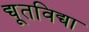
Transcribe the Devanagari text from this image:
द्यूतविद्या